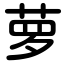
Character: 萝